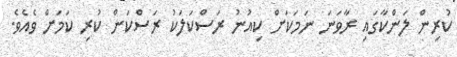
ކުރިން ލަންކާގައި ރާވަނަ ނަމަކަށް ކިއުނު ރަސްކަލަކު ރަސްކަން ކުރި ކަމަށް ވެއެވެ.